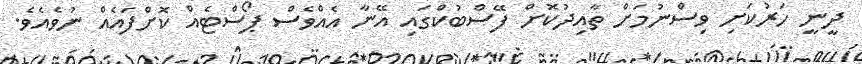
ދީނީ ހަރުކަށި ވިސްނުމަށް ތާއިދުކޮށް ފޭސްބުކްގައި އޭނާ އެއްވެސް ޕޯސްޓެއް ކޮށްފައެއް ނުވެއެވެ.